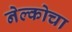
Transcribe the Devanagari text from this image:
नेल्कोचा